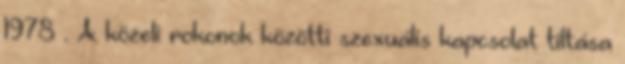
1978 . A közeli rokonok közötti szexuális kapcsolat tiltása